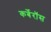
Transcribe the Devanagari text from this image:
कर्बेरॉस